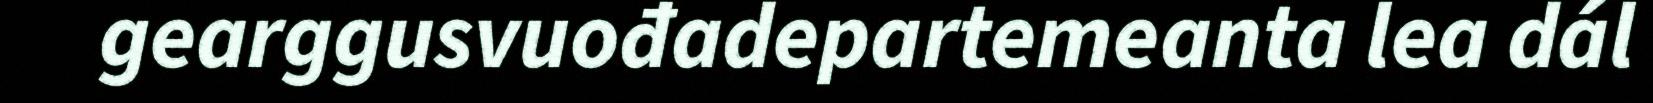
gearggusvuođadepartemeanta lea dál